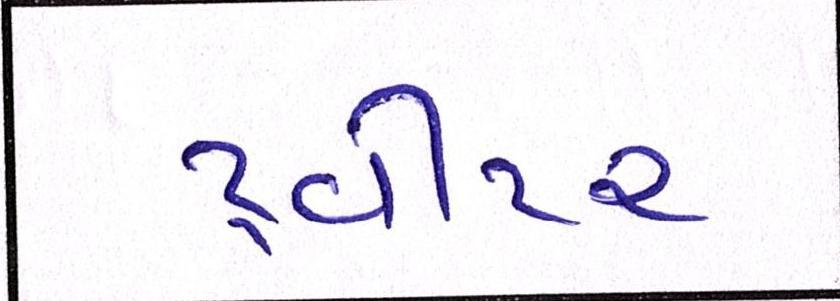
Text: ટ્વીટર